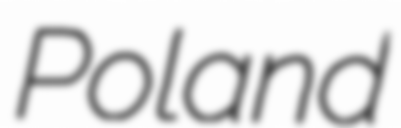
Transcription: Poland